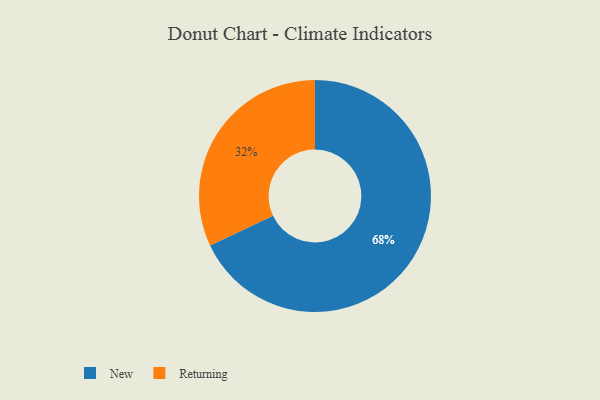
{"axis": {"x": "Category", "y": "Percentage"}, "legend": ["New", "Returning"], "data": [{"x": "Returning", "y": 32, "type": "Returning"}, {"x": "New", "y": 68, "type": "New"}]}